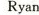
Ryan